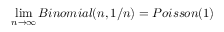
\operatorname* { l i m } _ { n \to \infty } B i n o m i a l ( n , 1 / n ) = P o i s s o n ( 1 )